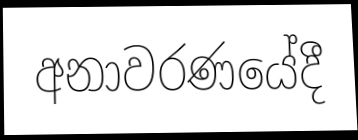
අනාවරණයේදී